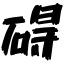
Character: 碍